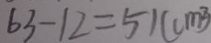
6 3 - 1 2 = 5 1 ( c m ^ { 2 } )